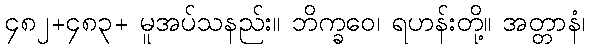
၄၈၂+၄၈၃+ မူအပ်သနည်း။ ဘိက္ခဝေ၊ ရဟန်းတို့။ အတ္တာနံ၊